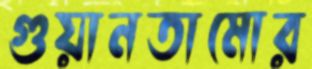
গুয়ানতামোর